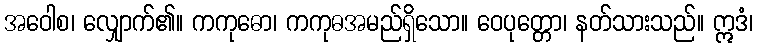
အဝေါစ၊ လျှောက်၏။ ကကုဓော၊ ကကုဓအမည်ရှိသော။ ဝေပုတ္တော၊ နတ်သားသည်။ ဣဒံ၊